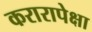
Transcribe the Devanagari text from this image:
करारापेक्षा